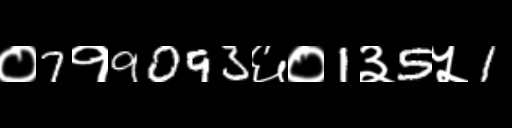
Text: ०7१9093६०1३5५1